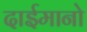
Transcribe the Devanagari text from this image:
दाईमानो